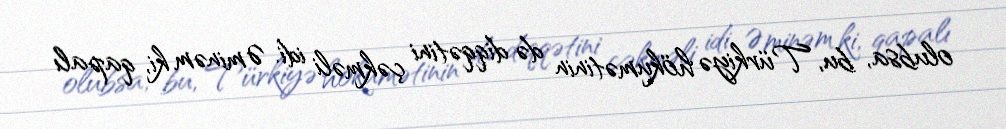
olubsa, bu, Türkiyə hökumətinin də diqqətini çəkməli idi. Əminəm ki, qapalı